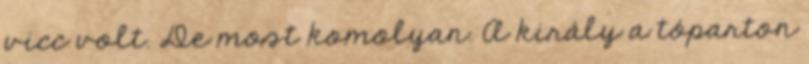
vicc volt. De most komolyan. A király a tóparton